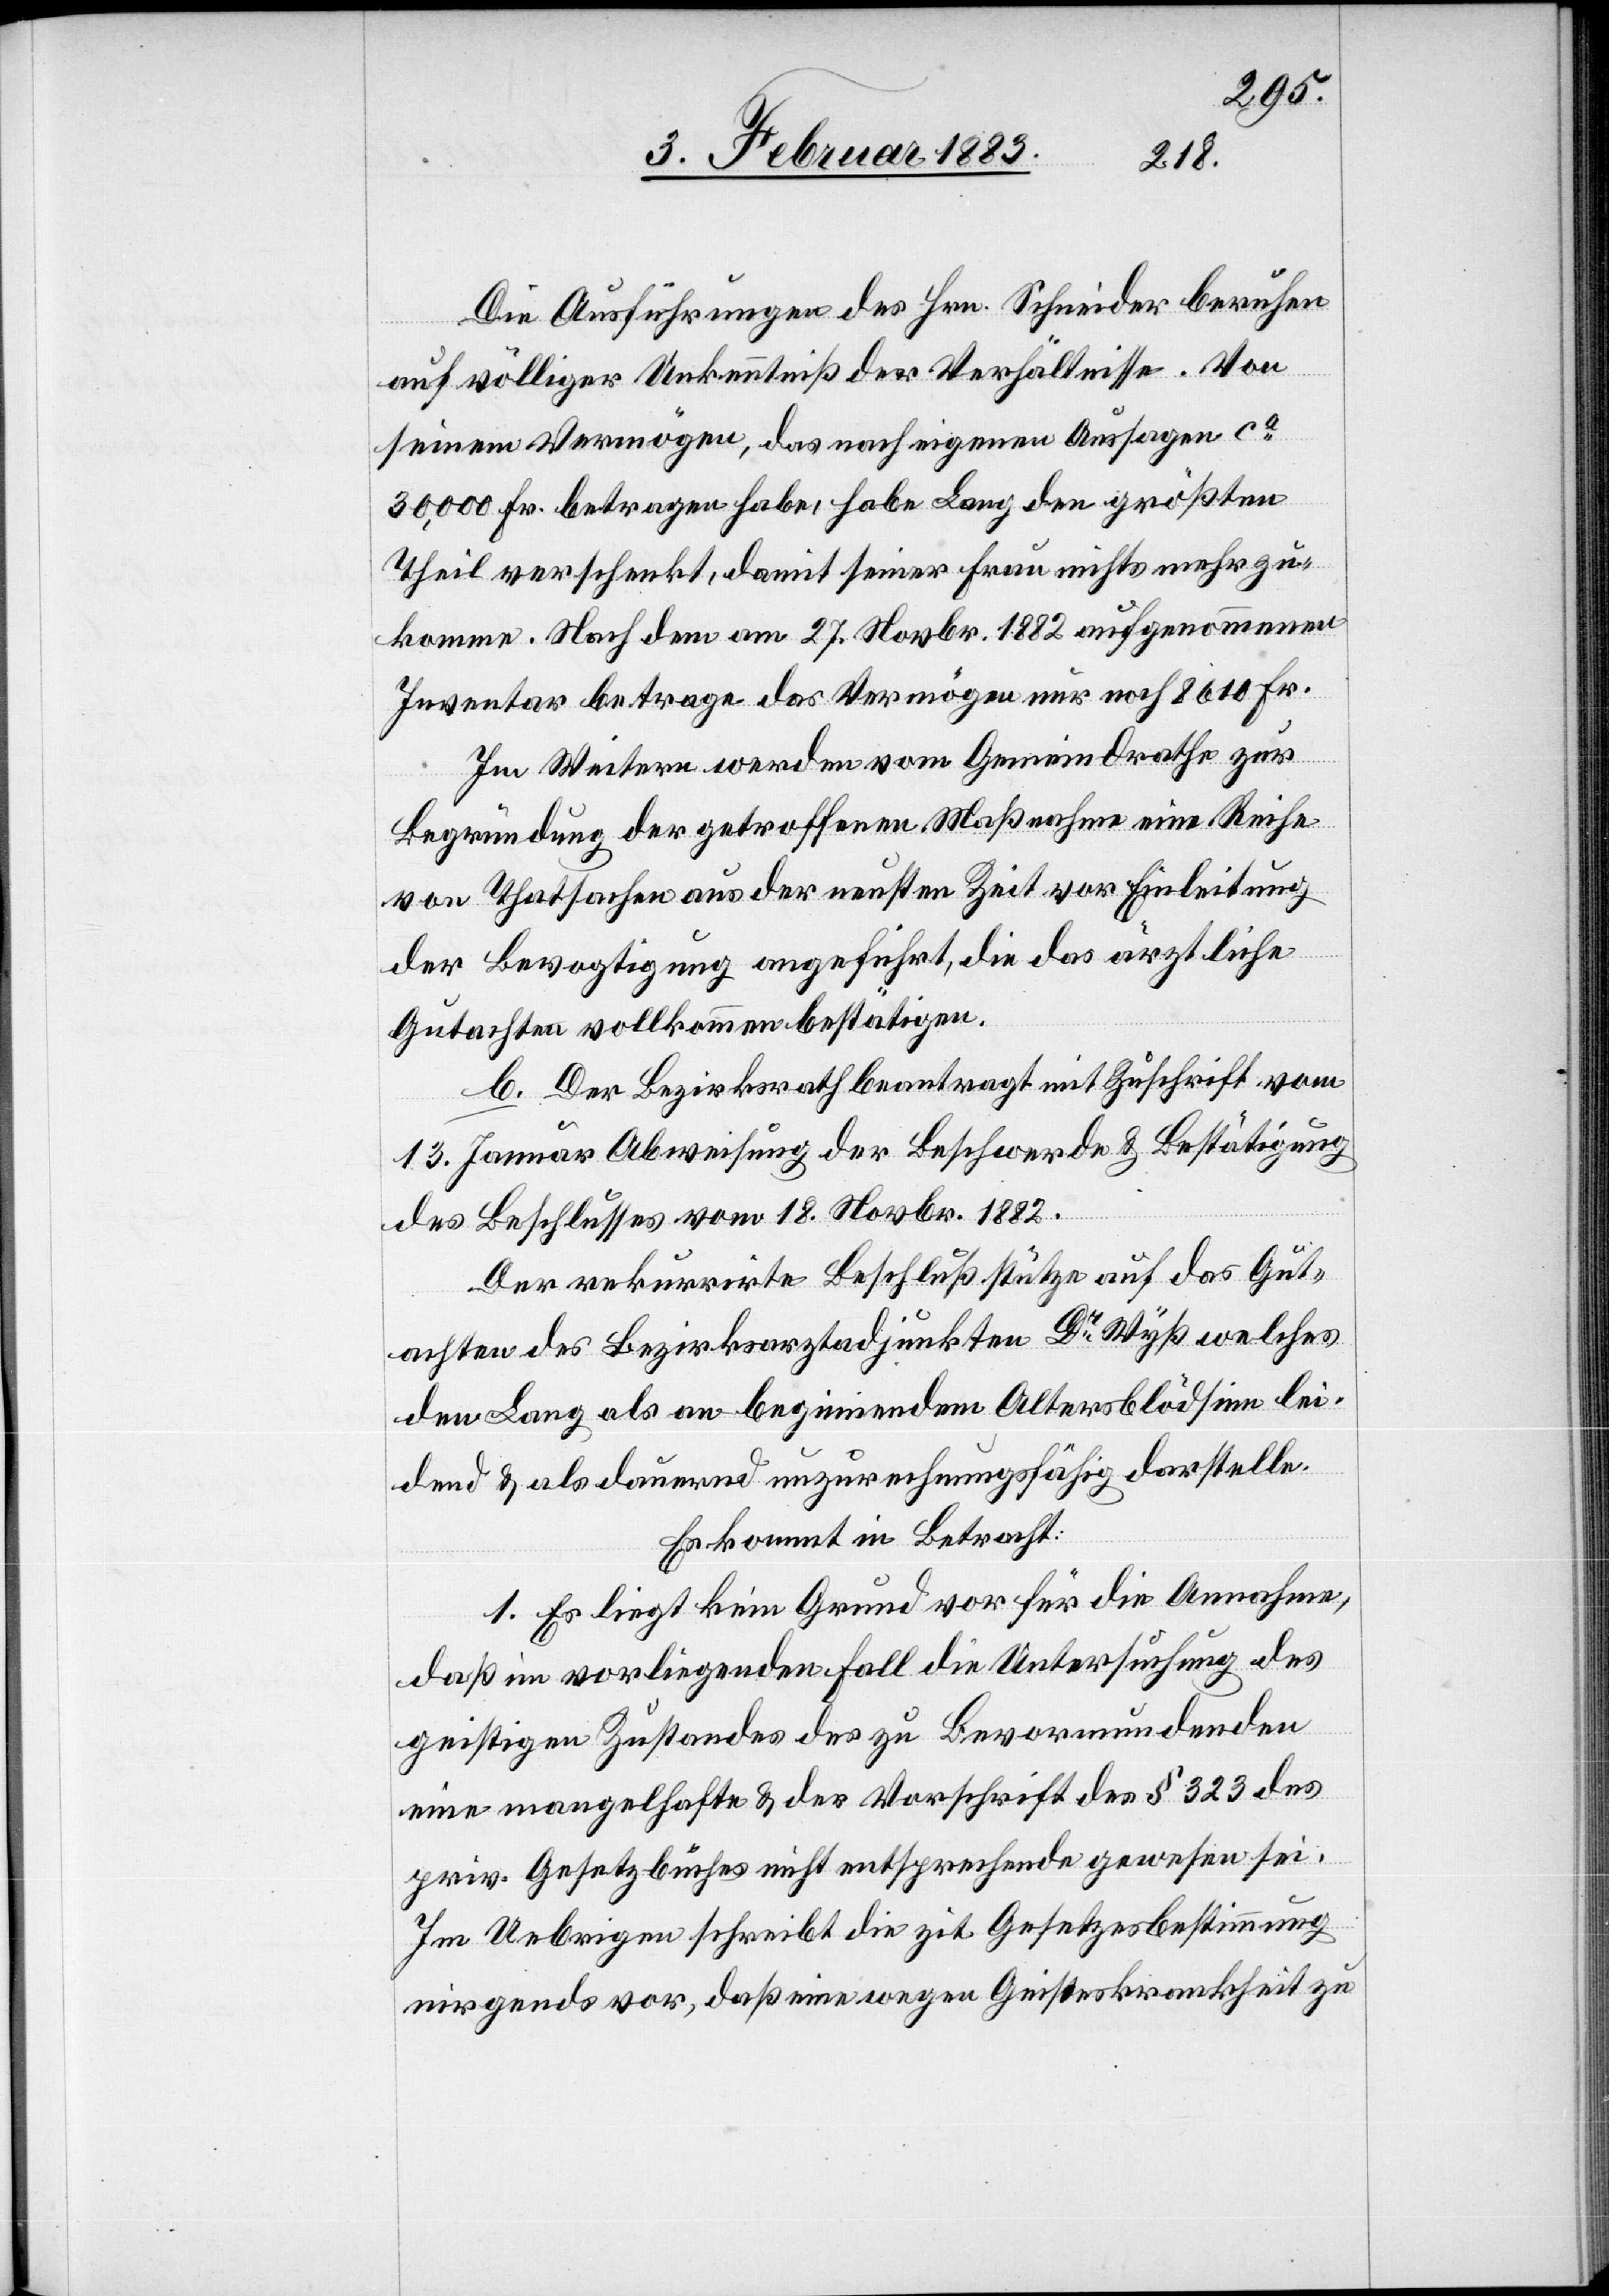
Die Ausführungen des Hrn. Schneider beruhen
auf völliger Unkenntniß der Verhältnisse. Von
seinem Vermögen, das nach eigenen Aussagen ca
30,000 Fr. betragen habe, habe Lang den größten
Theil verschenkt, damit seiner Frau nichts mehr zu¬
komme. Nach dem am 27. Novbr. 1882 aufgenommenen
Inventar betrage das Vermögen nur noch 8610 Fr.
Im Weitern werden vom Gemeindrathe zur
Begründung der getroffenen Maßnahme eine Reihe
von Thatsachen aus der neusten Zeit vor Einleitung
der Bevogtigung angeführt, die das ärztliche
Gutachten vollkommen bestätigen.
b. Der Bezirksrath beantragt mit Zuschrift vom
13. Januar Abweisung der Beschwerde & Bestätigung
des Beschlusses vom 18. Novbr. 1882.
Der rekurrirte Beschluß stütze auf das Gut¬
achten des Bezirksarztadjunkten Dr Wyß welches
den Lang als an beginnendem Altersblödsinn lei¬
dend & als dauernd unzurechnungsfähig darstelle.
Es kommt in Betracht:
1. Es liegt kein Grund vor für die Annahme,
daß im vorliegenden Fall die Untersuchung des
geistigen Zustandes des zu Bevormundenden
eine mangelhafte & der Vorschrift des § 323 des
priv. Gesetzbuches nicht entsprechende gewesen sei.
Im Uebrigen schreibt die zit. Gesetzesbestimmung
nirgends vor, daß eine wegen Geisteskrankheit zu